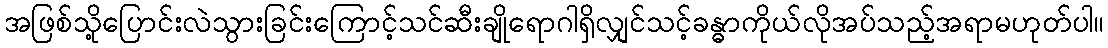
အဖြစ်သို့ပြောင်းလဲသွားခြင်းကြောင့်သင်ဆီးချိုရောဂါရှိလျှင်သင့်ခန္ဓာကိုယ်လိုအပ်သည့်အရာမဟုတ်ပါ။